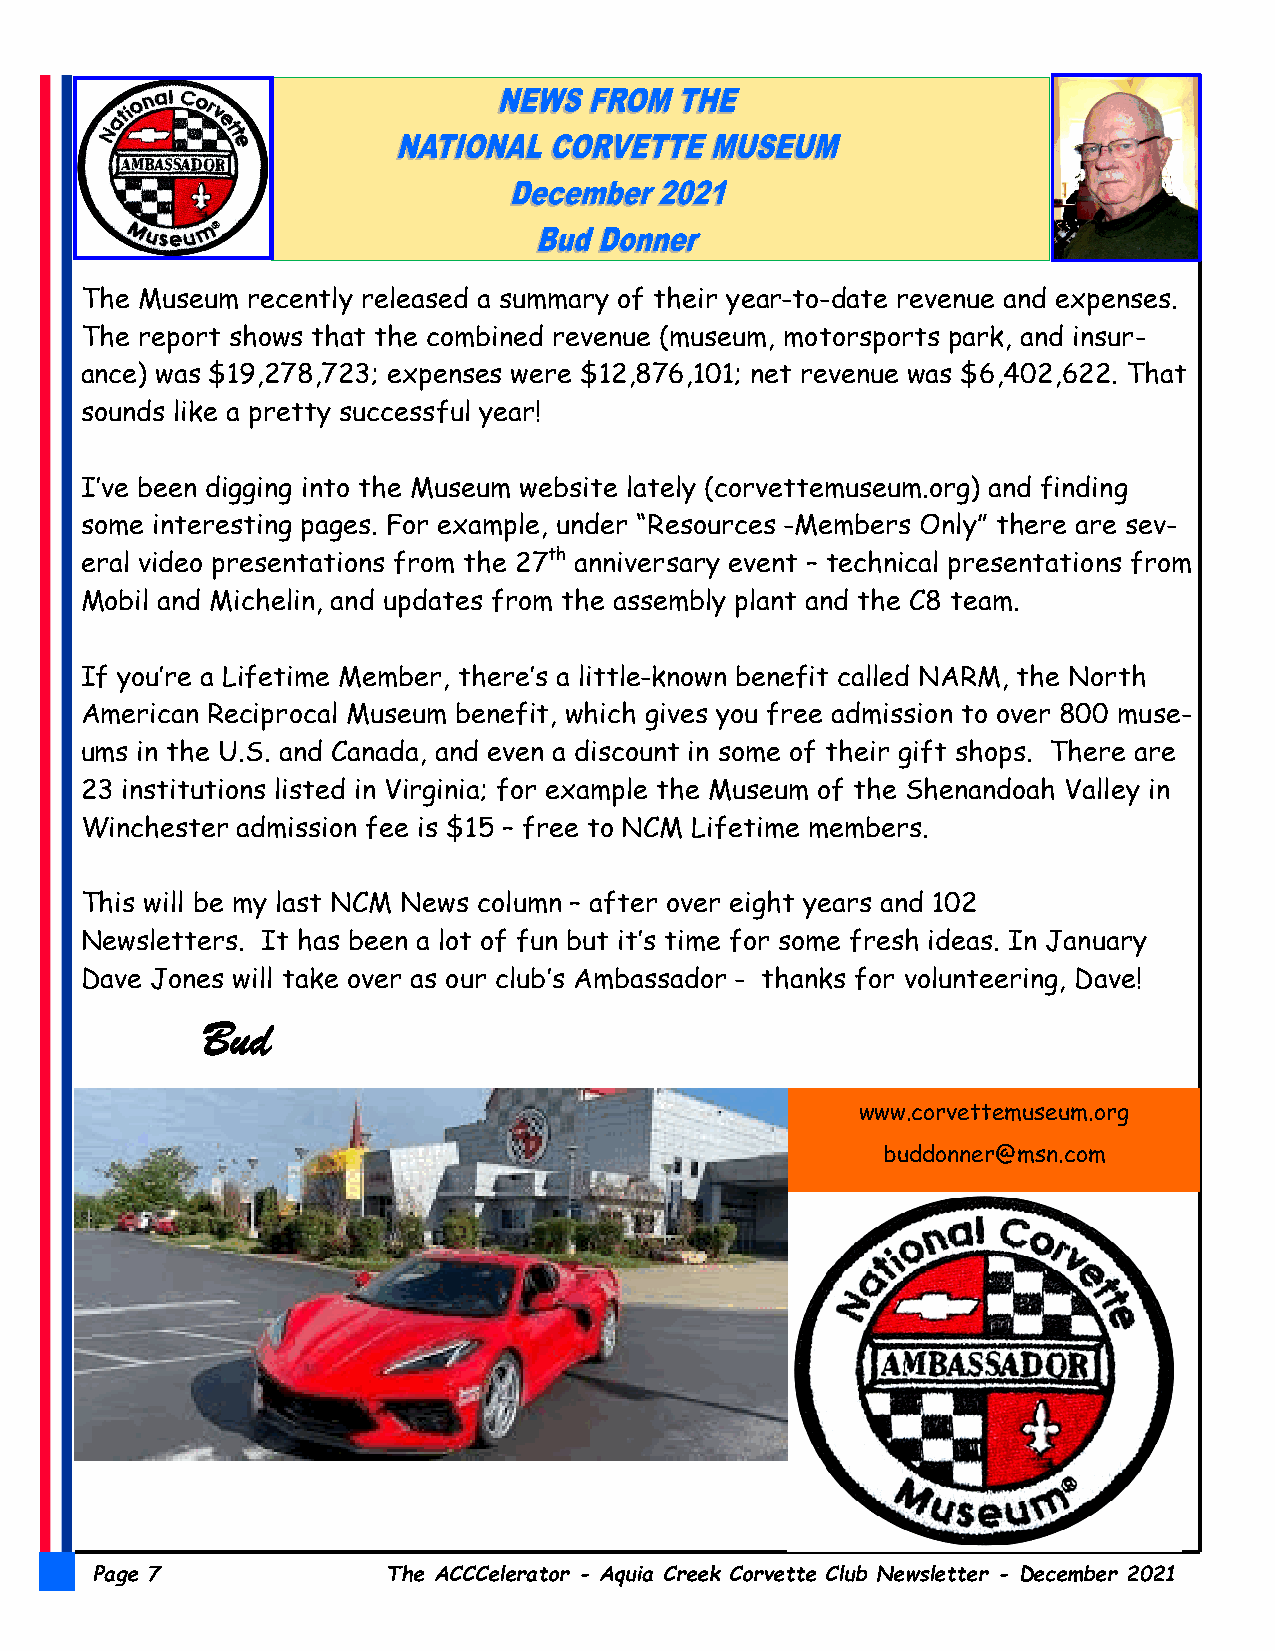
The Museum recently released a summary of their year-to-date revenue and expenses.
 The report shows that the combined revenue (museum, motorsports park, and insur-
 ance) was $19,278,723; expenses were $12,876,101; net revenue was $6,402,622. That
 sounds like a pretty successful year!
 I’ve been digging into the Museum website lately (corvettemuseum.org) and finding
 some interesting pages. For example, under “Resources -Members Only” there are sev-
 eral video presentations from the 27th anniversary event – technical presentations from
 Mobil and Michelin, and updates from the assembly plant and the C8 team.
 If you’re a Lifetime Member, there’s a little-known benefit called NARM, the North
 American Reciprocal Museum benefit, which gives you free admission to over 800 muse-
 ums in the U.S. and Canada, and even a discount in some of their gift shops. There are
 23 institutions listed in Virginia; for example the Museum of the Shenandoah Valley in
 Winchester admission fee is $15 – free to NCM Lifetime members.
 This will be my last NCM News column – after over eight years and 102
 Newsletters. It has been a lot of fun but it’s time for some fresh ideas. In January
 Dave Jones will take over as our club’s Ambassador - thanks for volunteering, Dave!
 Bud
 www.corvettemuseum.org
 buddonner@msn.com
 Page 7              The ACCCelerator - Aquia Creek Corvette Club Newsletter - December 2021